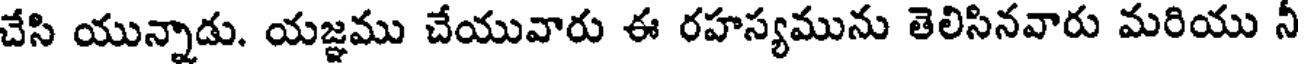
చేసి యున్నాడు. యజ్ఞము చేయువారు ఈ రహస్యమును తెలిసినవారు మరియు నీ